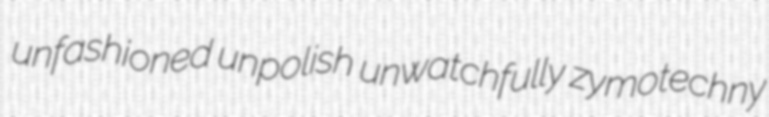
unfashioned unpolish unwatchfully zymotechny